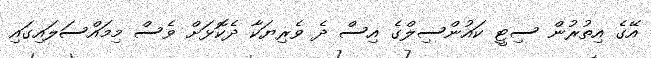
އޭގެ އިތުރުން ސިޓީ ކައުންސިލްގެ އިސް ދެ ވެރިޔަކާ ދެކޮޅަށް ވެސް މިމައްސަލައިގައި